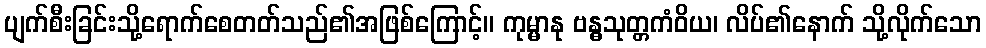
ပျက်စီးခြင်းသို့ရောက်စေတတ်သည်၏အဖြစ်ကြောင့်။ ကုမ္မာနု ဗန္ဓသုတ္တကံဝိယ၊ လိပ်၏နောက် သို့လိုက်သော